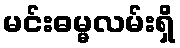
မင်းဓမ္မလမ်းရှိ